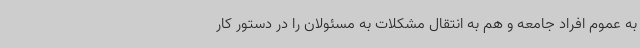
به عموم افراد جامعه و هم به انتقال مشکلات به مسئولان را در دستور کار